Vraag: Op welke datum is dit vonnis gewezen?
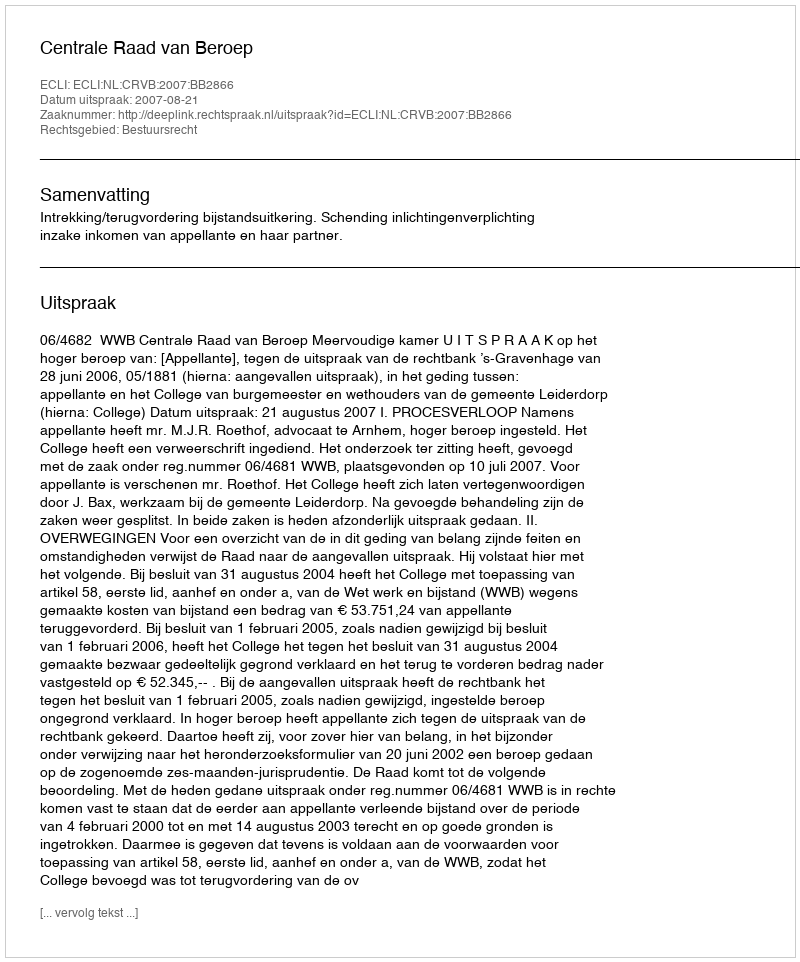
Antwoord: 2007-08-21